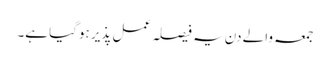
جمعہ والے دن یہ فیصلہ عمل پذیر ہوگیا ہے۔